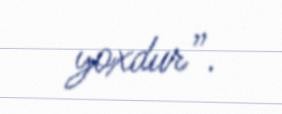
yoxdur”.